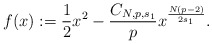
\begin{align*} f(x):=\frac 12 x^2 -\frac{C_{N,p,s_1}}{p}x^{\frac{N(p-2)}{2s_1}}.\end{align*}